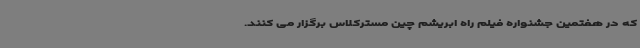
که در هفتمین جشنواره فیلم راه ابریشم چین مسترکلاس برگزار می کنند.